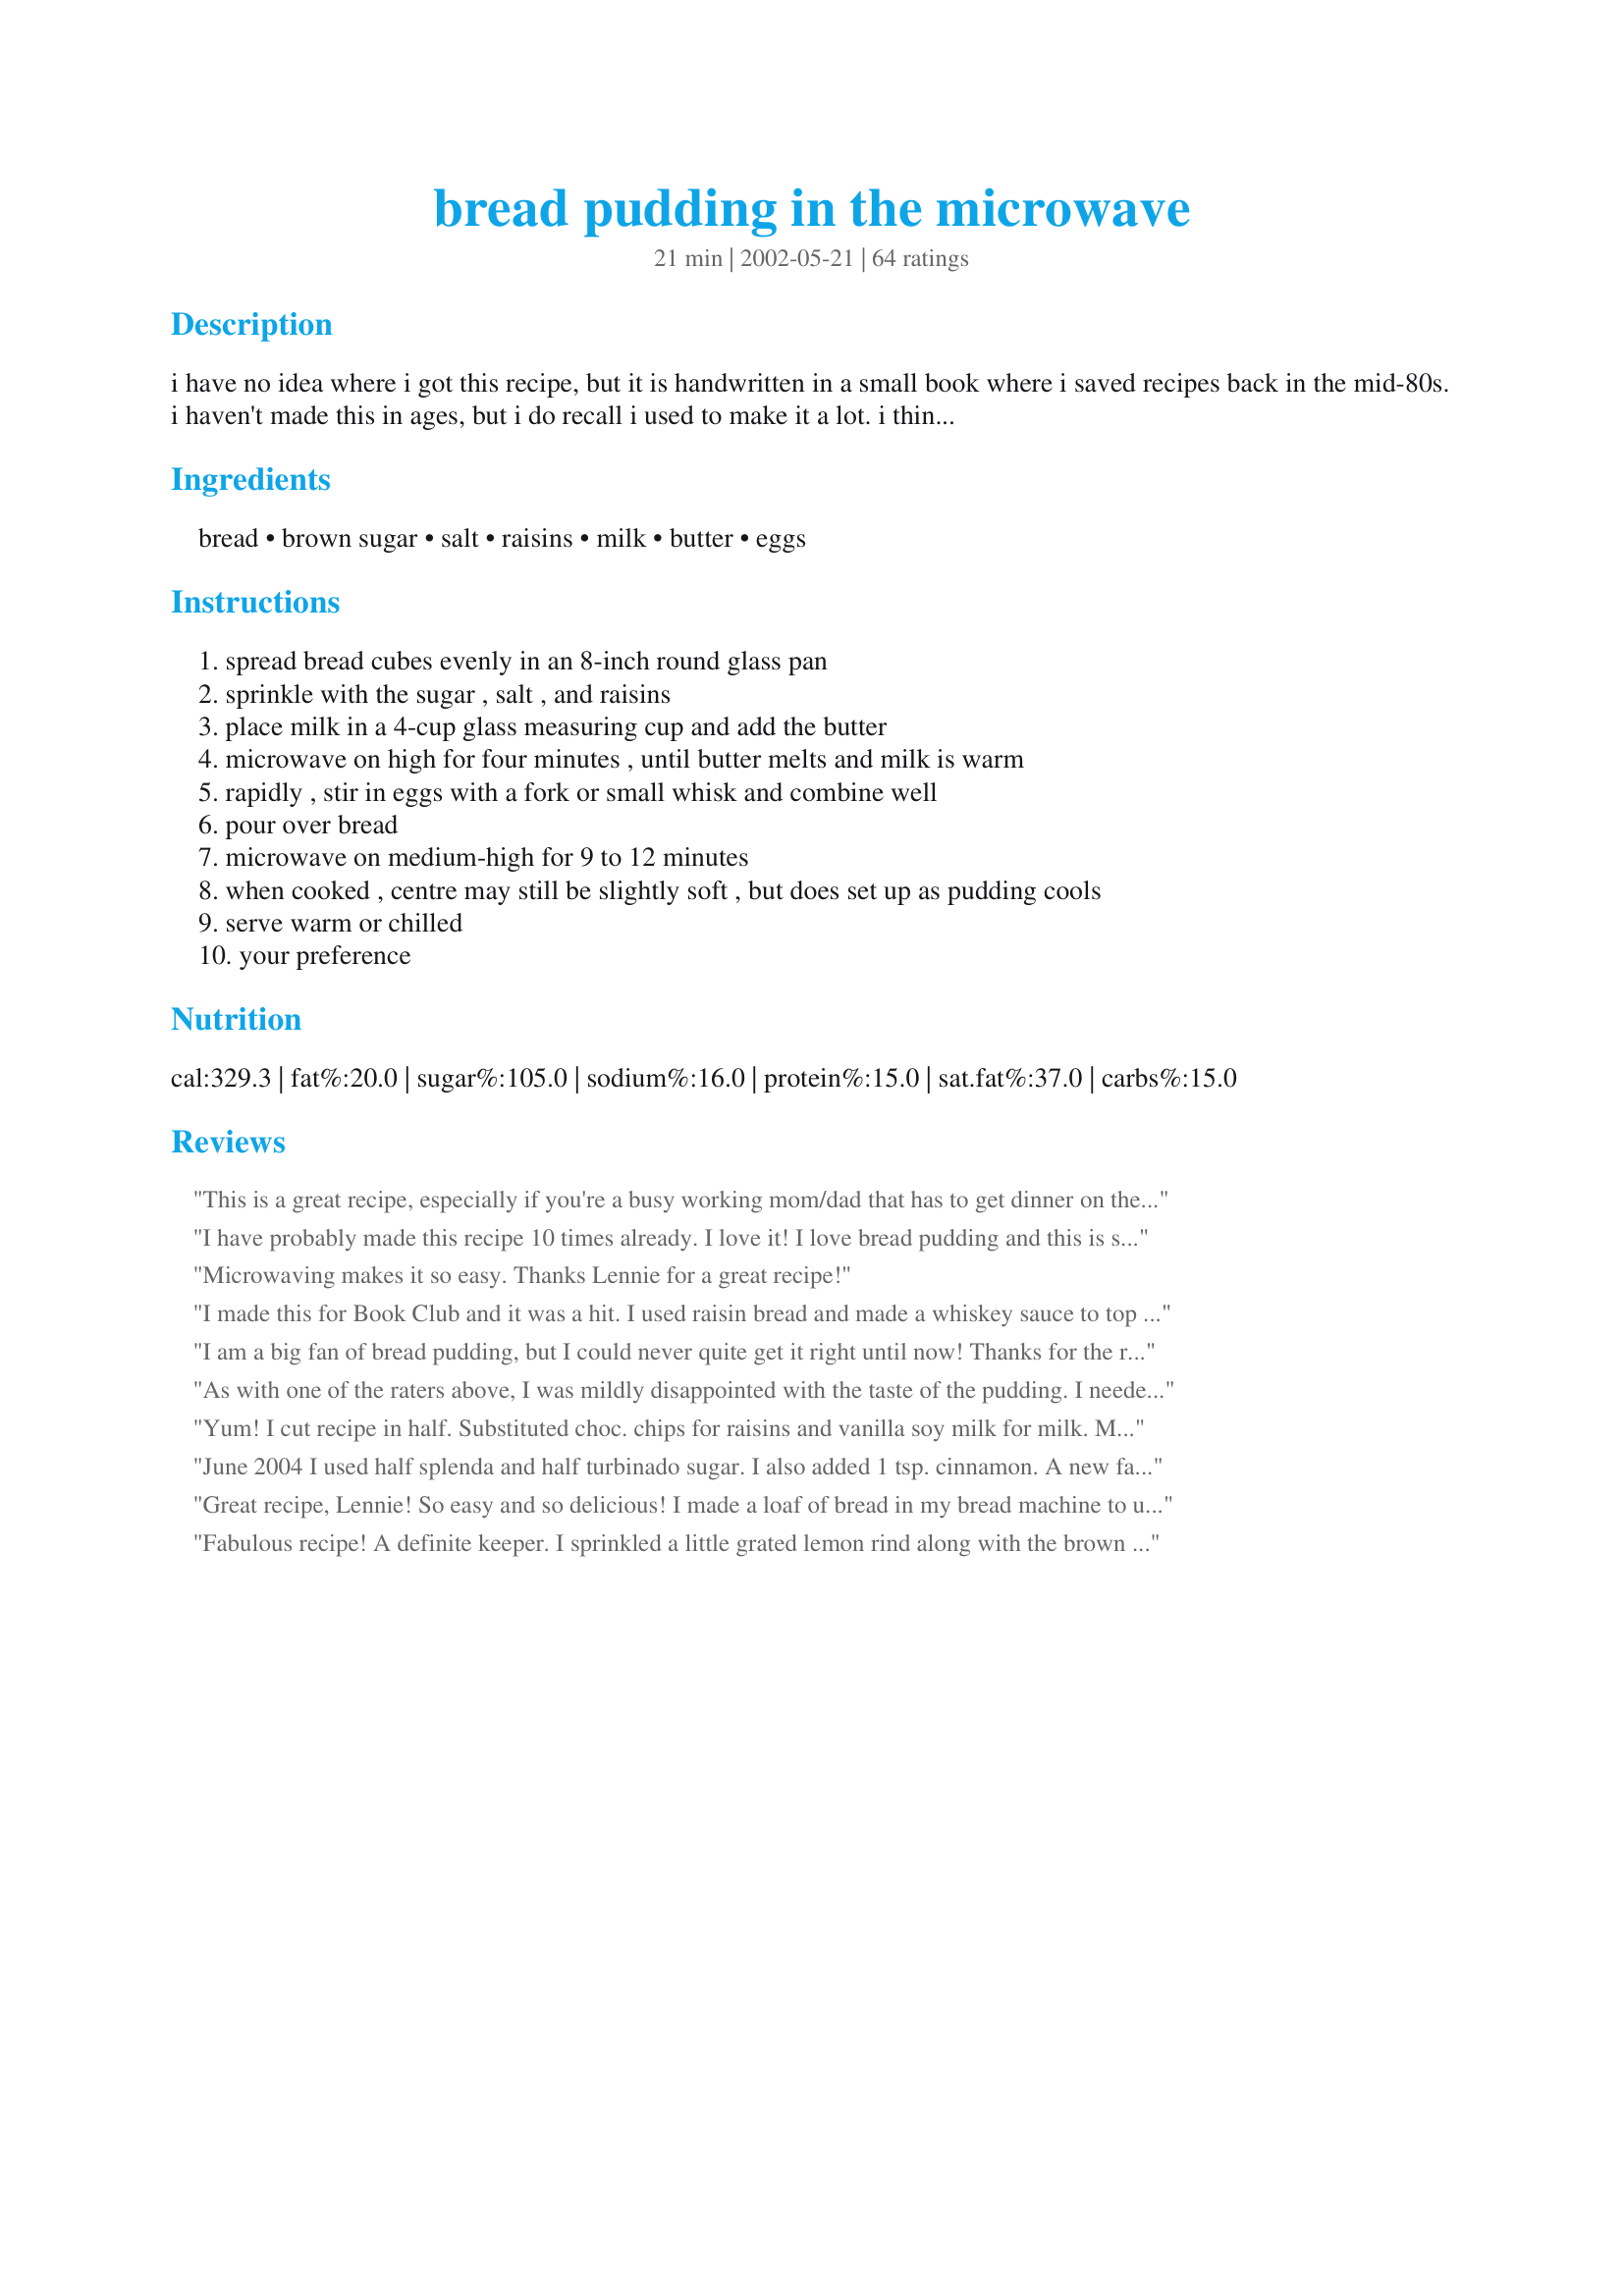
bread pudding in the microwave
Preparation time: 21 minutes

i have no idea where i got this recipe, but it is handwritten in a small book where i saved recipes back in the mid-80s. i haven't made this in ages, but i do recall i used to make it a lot. i think i will make it again today! :-) ordinary sandwich bread works fine, or use a spiffier bread to make a spiffier pudding. serve with a vanilla custard sauce, whipped cream, or even ice cream.

Ingredients:
bread, brown sugar, salt, raisins, milk, butter, eggs

Steps:
spread bread cubes evenly in an 8-inch round glass pan
sprinkle with the sugar , salt , and raisins
place milk in a 4-cup glass measuring cup and add the butter
microwave on high for four minutes , until butter melts and milk is warm
rapidly , stir in eggs with a fork or small whisk and combine well
pour over bread
microwave on medium-high for 9 to 12 minutes
when cooked , centre may still be slightly soft , but does set up as pudding cools
serve warm or chilled
your preference

Reviews:
This is a great recipe, especially if you're a busy working mom/dad that has to get dinner on the table in a hurry. We have light suppers during the week, and this was a very good choice. I used some leftover challah bread, it really sopped up the milk and sugar, delicious! My kids aren't raisin fans (Mom, there are bugs in my supper!), so I left them out. This is one dish that will be made over and over again. Good one, Lennie!
I have probably made this recipe 10 times already. I love it! I love bread pudding and this is so easy since I usually have all the ingredients right on hand. I've done it with italian break and plain white bread, both work extremely well. The only thing I ever do different is that I add about a tsp of vanilla and cinnamon but sometimes reduce the milk to 1&1/2 cup but everything else is perfect. LOVE this recipe!
Microwaving makes it so easy. Thanks Lennie for a great recipe!
I made this for Book Club and it was a hit. I used raisin bread and made a whiskey sauce to top it off.
I am a big fan of bread pudding, but I could never quite get it right until now! Thanks for the recipe, it will definitely used over and over in my kitchen!
As with one of the raters above, I was mildly disappointed with the taste of the pudding. I needed to cook it for an addittional 3 minutes, but, microwaves do vary. I think next time I will try some Cinnamon or Nutmeg in the sugar mix, to start.4 stars tho' for a quick, easy pudding with nice simple directions, which is what I was looking for.
Yum! I cut recipe in half. Substituted choc. chips for raisins and vanilla soy milk for milk.
My microwave is very powerful. For the 1/2 recipe, I heated milk for 3 minutes and cooked for 7 minutes in a 6 inch dish.

So easy and only 1 dirty dish. My kind of dessert!
June 2004 I used half splenda and half turbinado sugar. I also added 1 tsp. cinnamon. A new family favorite. Update June 2011 I forgot I also use 1 t. vanilla. Still delicous.
Great recipe, Lennie! So easy and so delicious! I made a loaf of bread in my bread machine to use. I followed the recipe as stated, but added a teaspoon of pure vanilla and a teaspoon of ground cinnamon. Unfortunately, I ate about a 1/4 of the dish before supper.. just testing it before giving it to DH!
He loved it and said it was definitely a five star! Thanks for sharing.
Fabulous recipe! A definite keeper. I sprinkled a little grated lemon rind along with the brown sugar - orange rind would also be nice. I served it with cream AND icecream...decadent! I like KitchenManiac's suggestion of almond slices on top - might try that next time.
Can I just make the pudding without the bread
Used what was left of my Easter paschka bread (man, after a week, it was really stale!) and didn't add the raisins (my household refers to them as 'shamed grapes' anyway, so no loss). Maybe a BIT soft, but the lovely, chewy, heavy texture of the homemade bread really made this recipe! Great for recycling your leftover bread AND having a quick and easy 'special' weekend breakfast dish. I served mine with sliced bananas and a bit of cinnamon sugar!
We really liked this back when we used to make it a lot. (I got the recipe from my husband's grandfather's wife.) The only difference is that we use 2 cups of raisins! Yum!
My hubby loves this! As a matter of fact I'm off to make it again right now for him. I add a little cinamon and vanilla. It's easy and great!
Wonderfully fast and easy bread pudding! Thank you Lennie for another winner!
This was so quick and easy - you wouldn&#039;t expect it to be so good! A little maple syrup to top it off and we have a delicious dessert or even a yummy breakfast. I bake a fresh loaf of bread each day and I&#039;m always looking for ways to use up the day-old leftovers ... this is a winner for me.
This is very good. I left out the raisins and added vanilla and cinnamon. I used all half n half because we were out of milk. Served with ice cream. Yumm! Thanks Lennie we loved it.


very good and easy was the quickest dessert i ever made.thanks lennie
This is so good and easy! I added vanilla and cinnamon to the milk mixture and a handful of chocolate chips, butterscotch chips and a sliced banana. Sinful!
it's bread pudding! i was amazed! and pretty good. i wouldnt make it again, but it was good while it lasted. thanks!!!
I have been making this recipe from one of the first GE Microwave Cookbooks for about 30+ years. Adding 2 tsp. vanilla and 1 tsp. cinnamon makes it taste great. My children prefer it without the raisins, so that is how I have always made it.
I love this recipe. I have a 1000 watt microwave and cooked at power 7 for 12 minutes. Very good and couldn't be easier.
Amazing! I would never have thought about making bread and putter pudding in the microwave. I omitted the raisins because I didn't have any, and I added a teaspoon of vanilla paste. The only change I would make in the future would be to mix the sugar with the bread instead of just sprinkling it on top. This was so quick and easy, and I enjoyed it the next day for breakfast, too. Thanks so much for a new, quick dessert staple. :-)
A good basic recipe. I tweaked it as I have a hard time not tweaking any recipe. I added an extra egg and a tsp of vanilla. Used nonfat 1/2 & 1/2 instead of milk. Used only 2 Tbs. butter. I tossed the bread with the brown sugar and added 1 tsp cinnamon. I place 1/2 the bread in the dish sprinkled 1 cup of mixed berries over the bread and then the rest of the bread on top. Loved it!!!
This was an awesome, quick & easy dessert! My parents and little brother all loved it as well. Thank you for posting this! I also added a bit of liquid vanilla coffee creamer to the milk-&-butter mixture.

01/22/08: Made this for the second time, but only made half the recipe. I used 1/4 C eggnog and 3/4 C milk, and added cinnamon and vanilla flavoring to the milk-&-butter mixture. So, so, so yummy.
This was excellent! I used leftover homemade bread though and used a 1/2 tsp of rum extract in with the milk. I added a dash of cinnamon and a dusting of nutmeg on top. Thanks so much for such an easy delicious recipe.
Excellent! Excellent! Excellent! This was the perfect accompaniment to the vanilla sauce that my friend bought for me! And so quick and easy too! I will be making this a lot (not sure if that's a good thing or a bad thing?!) :^) Thank you so much for posting!
I very much liked the flavor of this (had it with a vanilla sauce I found here also), but the texture left something to be desired. Even though I tried cooking it longer, it was not only soft in the middle, the whole dish was pretty mushy and separated from some of the liquid which remained in the pan. I followed the directions using 5 slices of bread (only changes were adding some cinnamon to the top and less raisins). Since I did like the flavor I might try this again using another slice of bread and perhaps baking it in the oven.
This is a recipe with a lot of potential. I halved the basic ingredients (2 cups of challah bread, 1 cup of milk, 1 egg, 2 tbs butter) and turn it into savory bread pudding by ommiting all the sweet-related ingredients and adding sliced breakfast link and a handful of grated cheddar cheese. Perfection!!!
I had 9 banana muffins with mini chocolate chip sprinkles that I baked a couple of days ago, but they came out rather dry and I was just about to throw them away when I realized that the muffins would be a great replacement to stale bread! Next, I saw that the milk in the recipe specifically said NOT SKIM and of course, all I had was skim, so I used So Delicious Coconut Milk that I had floating around the back of my refrigerator. Also (and maybe because of the coconut milk) it took 17 minutes on high for the liquid to stop bubbling. And I did sprinkle the muffin chunks with cinnamon before pouring the liquid. This was so moist and delicious! We ate some warm last night and I had some again this morning (cold) and either way, it ROCKS!<br/>I will never throw away another muffin! Thank you Lennie!
Bread pudding and i are not friends. But, that gives this even higher ratings because i can just make it for the husband in the microwave. He really liked this a lot. i used cinnamon bread. The recipe couldn't have been easier with none of that water bath nonsense. Thanks for the recipe!
We needed a fast dessert, this was certainly fast to put together, I didn't have raisins so I substituted with sultanas. I served with ice cream it went down really well. I will be holding on to this recipe.
Loved this recipe! I used skim milk, 1/4 cup sugar and it was delicious.
Fantastic! And so easy to make! Thanks heaps Lenny. I did add 1 teaspoon of vanila essence to my milk mixture. And I swirled a cinnamon stick in the warm mixture for a while too...just for a little extra flavour. After I have added everything in, i sprinkled some nutmeg powder on top before popping it into the microwave. A smell was great after it was done. I might add some almond slices on top next time before serving. Def. a dish to be served warm. Much nicer. Great recipe..., if you are wondering if you should try it...TRY it!! Fast and easy. Effort and taste does not equate. IT taste great...takes soooooooo little time.
I added cinnamon, and will add a bit of nutmeg next time too! Very good!
I have been making bread and butter pudding for many years, but never in the microwave.
This is so easy and tastes great, love the brown sugar flavour, I added a little vanilla essence to the egg mixture too.
Yum!
This recipe is virtually failproof!
It's so quick and easy! I really hate rasins, so i substituded chocolate chips and it turned out perfect! Now I have another reason to turn my microwave on beides heating leftovers or warming coffee! Thanks Lennie!
What a great recipe, and so easy too.DH is not keen on raisins so I left them out. Instead I chopped up an apple and added that. We had this with custard. Thanks Lennie. I will be making this often.
This is so good! I added a t of vanilla and a pinch of cinnamon to the milk after heating. Very quick and easy! Thanks Lennie, this is a good one!!
I made mine with ends of a few loaves of whole wheat bread and 1/4 cup of brown sugar instead of 1/2 cup since I like things lightly sweet. Also added cinnamon and nutmeg. Next time, I will add some chopped apple and vanilla (forgotten in the rush to hurry up and get the dish in the microwave so I could eat), as other reviewers have done.
To: Lennie

This is by far the easiest Bread Pudding I've ever tried. It's a boon to busy cooks everywhere!
I sprinkled cinnamon-sugar on top and served. Just delicious, that's all.

Thanks for sharing,

Laudee C.
This was fantastic. My partner loves bread pudding - but i'm always put off by the long baking time. This really is easy and tastes great.
This is a good bread pudding, though not the best I've had. However, I feel it is necessary to factor in the convenience of being able to make the pudding using only two dishes (the glass pan and the measuring cup) in only twelve minutes. It was a little soggy, even after cooking for the full twelve minutes in my high-powered microwave, in which regular cooking times usually have to be shortened. Other than that, though, I don't have any complaints. I think that I will add cinnammon next time for extra flavor. Thanks for sharing!
This bread pudding was awesome. So easy to throw together and goes in the microwave to not heat the kitchen in the summer. I also added cinnamon and vanilla. Thanks for posting.
This could not be easier nor more delectable. I did add vanilla and some pumpkin-pie-esque spices to the milk, and sprinkled the top with cinnamon and demerara sugar (and no raisins for my family). My favorite dessert for when I need to leave it alone while I do the dinner dishes.
EXCELLENT!!! I had my doubts about microwaving bread since it tends to be super soft and then hardens usually. It smelled AWESOME (added a little cinnamon and then also vanilla the 2nd time). Used all the crusts I cut off my son's bread and had saved so it was whole grain sandwich bread scraps. Using the darker bread made it really look "baked" when done. Tasted delicious and was still great cold from the fridge. It was firm yet soft...just perfect. I am reducing the sugar this 2nd time to 1/4 cup since it was VERY VERY sweet using a full 1/2 c. Hopefully 1/4 c is just right (it's in the micro now). Thanks!!!
HAD to add my comments - EXCELLENT! and sooooo easy. I've already made it twice and I just downloaded the recipe yesterday! Great warm and then great after it's been in the fridge! Added a creamy vanilla icing on 2nd batch - even better - thanks!
amazing, fast and easy. Added vanilla and cinnamon as suggested by others. Will be having this again and again
Thank you for Christmas Morning Save...&lt;br/&gt;My wonderful husband make homemade cinnamon rolls for us, our adult kids &amp; their children.&lt;br/&gt;It was his mom&#039;s recipe and apparently our oven is hotter than hers! :(&lt;br/&gt;They burned! I wracked my brain trying to come up with a brunch for all.&lt;br/&gt;Enter your recipe!&lt;br/&gt; Cut off all the bad burned spots throw in some dried cranberries instead of raisins plus the rest of the stuff &amp; TAH DAH!!!!&lt;br/&gt;Christmas Pudding (sorta)!&lt;br/&gt;FANTASTIC!!!&lt;br/&gt;We added the lemon sauce from the Louisiana bread pudding...DIVINE! :)&lt;br/&gt;BEST WEBSITE EVER!!!!
Who wants bread pudding in the middle of the summer heat? I do, if it comes out of the microwave! Loved this, and ate a large slice as soon as it was cool enough. This recipe is so forgiving and open to interpretation and additions. I used mashed up mixed types of bread I usually save in my refrig for the birds (Sorry, birdies) and measured 4 good cups of it. Since there were a lot of crumbs, my measurements are not precise cubed pieces. I mixed the brown sugar with the salt and added in a 1/4 tsp of cinnamon and 1/4 tsp. of allspice. I had golden raisins on hand and they plumped up bright and shiny in the finished product. The milk was 1 cup soy and 1 cup evap.-what I had on hand. I did mix the cinnamon sugared mixture and raisins into the bread a little, but just poured the milk mixture on and set it in the mic. I have an old microwave, so I opted for 70% power for the full 12 minutes. Perfection! The middle was soft, but cooked through, no hard edges and the taste was wonderful. Easy and good! If too sweet for some, cut back on the sugar, but it was fantastic for me! I will never wait until cooler weather to have bread pudding again. Thanks!
What a great dessert for those of us expecting company with no time for dessert. I used half milk and half half & half and 3 eggs and added a teaspoon of vanilla to the milk mixture. I substituted dried cherries for the raisins. It is delicious! I plan to serve with ice cream, cherry sauce and real whipped cream. Thanks. This is a great recipe for me. We are not dessert eaters and I sometimes forget to fix for company.
really good . i added cinamon before baking and my husband loved it
I used hamburger buns and it worked out well.. I also added cinnamon and diced golden apples. I didn't use the brown sugar but white and it tasted good, it's not exactly as my grandmothers recipe which I'm still waiting for from her LOL, but it'll do until she finally gives it to me..
I tried this receipe and it was great. Quick and easy when you have guests that just stop by for a cup of coffee or tea.
We received this recipe in the book that came with our first microwave back in the 80&#039;s. I wonder if that&#039;s where you got your copy? Anyway, I came specifically looking for it because I remember how fantastic it was. Something about the microwave cooking makes it super light and the brown sugar perfectly caramel flavored. Thanks for sharing.
Five stars for ease in making, but the resulting dessert was not everything that I had hoped for. Followed the recipe as written and found it to be too sweet for our taste and had too many raisins. We also felt like the taste needed to be rounded out with a little vanilla or other extract.
I'm stuffed from just eating two giant hunks of this! It reminds me of the bread pudding that my mother used to make. The only changes I made, in order for it to be more like my mother's, were ommiting the raisins, adding vanilla, cinnanmon, sprinkling the top with sugar (after cooking), and popping it under the broiler for a few minutes. Excellent. This recipe will be doubled the next time I prepare it, because I'm sure that other's will eat two giant hunks as well and that just won't leave any more for me!
This is outstanding! The only thing different I did was add cinnamon, which adds a wonderful flavor to the bread pudding. This was super easy. I will definatley be making this again real soon! Thanks for a keeper!
Lennie,
Superb! I added 1/4 tsp of cinnamon and nutmeg, 1/2 tsp vanilla extract to evaporated milk,used golden raisin then followed your instructions. With in 25 minutes I was eating hot bread pudding thanks for posting!
Easy to make, light. I add cinnamon sometimes for the cinnamon lovers in the family. Tastes scrumptuous warm or cold, with spare serving of cream. Yummy!
I can't believe I never reviewed this incredible recipe. I make it all the time. I usually make it with stale raisin bread from the outlet bakery and is it delicious!
I chose to bake this in the oven after an overnight rest in the fridge since my bread cubes were a bit on the dry side. I reduced the sugar by about half and that was plenty sweet for me, esp. with the raisins. When I pulled it out of the fridge in the morning, I was a bit concerned because the cubes were still swimming in quite a bit of milk, but after about an hour in the oven, the pudding was beautifully puffed. It was so moist and delicious! I loved how the oven made some of the bread just a little crispy. YUM! Thanks!
My husband and I wanted a little something sweet last night and tried this recipe. I had cut the edges from a loaf of bread that I used for a shower a couple of months ago, which I had stuck in the freezer. This is what I used and it turned out great. It was wonderful and so easy to make. I omitted the raisins, added vanilla and cinnamon. We ate the leftovers for breakfast. Thanks for a great recipe!
This recipe was a favorite of mine when I first started using a microwave oven. I believe it was in the GE Microwave cookbook that came with the oven. I printed it out just now so I can make it this weekend. Thanks for helping me remember it.
